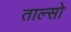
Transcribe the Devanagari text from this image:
ताल्सो